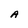
Character: A